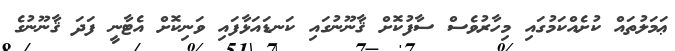
ޢަމަލުތައް ކުށެއްކަމުގައި މިހާރުވެސް ސާފުކޮށް ޤާނޫނުގައި ކަނޑައަޅާފައި ވަނިކޮށް އެޓާނީ ފަދަ ޤާނޫނުގެ